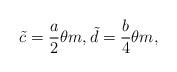
LaTeX: \begin{align*}\tilde{c}=\frac{a}{2}\theta m,\tilde{d}=\frac{b}{4}\theta m,\end{align*}